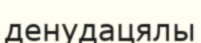
денудацялы